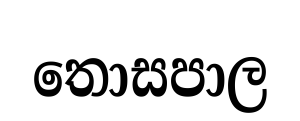
තොසපාල